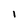
Character: 1